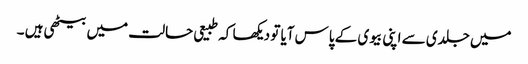
میں جلدی سے اپنی بیوی کے پاس آیا تو دیکھا کہ طبیعی حالت میں بیٹھی ہیں ۔